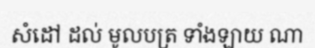
សំដៅ ដល់ មូលបត្រ ទាំងឡាយ ណា